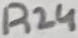
Text: R24